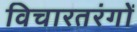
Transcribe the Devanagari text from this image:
विचारतरंगों